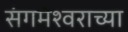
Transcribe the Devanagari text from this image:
संगमेश्वराच्या